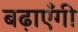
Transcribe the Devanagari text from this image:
बढ़ाएँगी